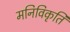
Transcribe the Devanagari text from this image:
मनिविकृति